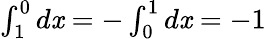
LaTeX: \textstyle{\int_{1}^{0}d\mathit{x}=-\int_{0}^{1}d\mathit{x}=-1}